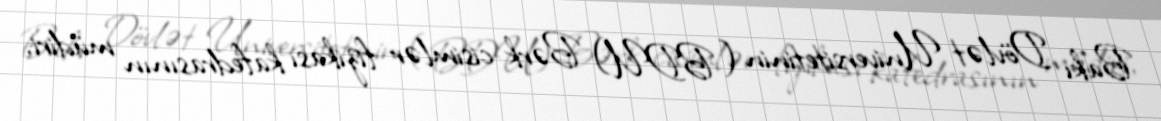
Bakı Dövlət Universitetinin (BDU) Bərk cisimlər fizikası kafedrasının müdiri,